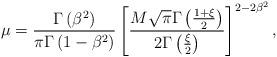
LaTeX: \begin{align*}\mu =\frac{\Gamma \left( \beta ^{2}\right) }{\pi \Gamma \left( 1-\beta^{2}\right) }\left[ \frac{M\sqrt{\pi }\Gamma \left( \frac{1+\xi }{2}\right) }{2\Gamma \left( \frac{\xi }{2}\right) }\right] ^{2-2\beta ^{2}},\end{align*}